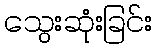
သွေးဆုံးခြင်း